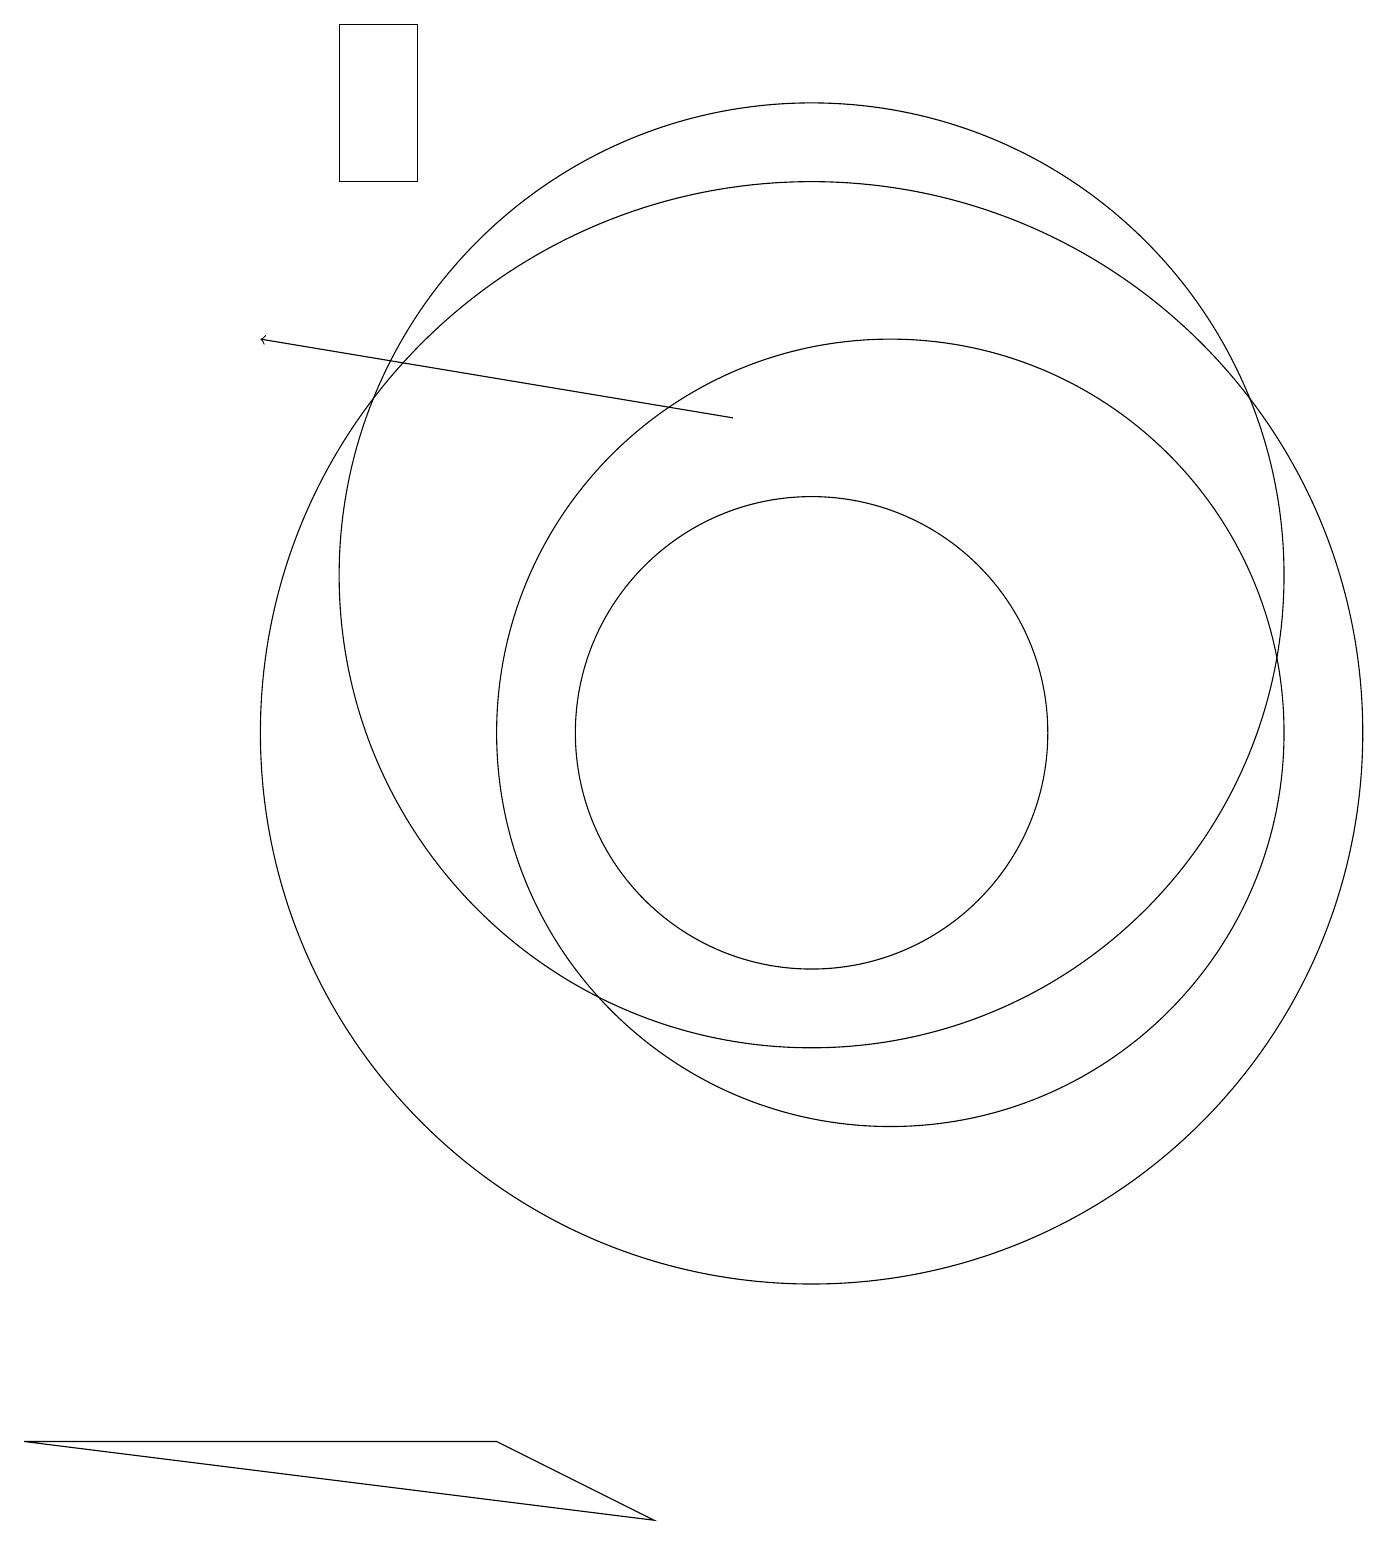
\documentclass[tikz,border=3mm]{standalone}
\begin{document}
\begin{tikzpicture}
\draw[->] (9,14) -- (3,15);
\draw (0,1) -- (8,0) -- (6,1) -- cycle;
\draw (11,10) circle (5);
\draw (10,10) circle (7);
\draw (10,12) circle (6);
\draw (5,17) rectangle (4,19);
\draw (10,10) circle (3);
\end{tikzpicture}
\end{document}